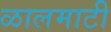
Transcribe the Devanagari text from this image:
ळालमाटी